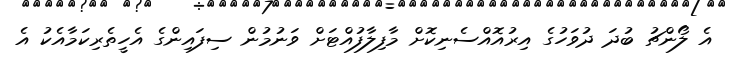
އެ ލޯންޗު ބުދަ ދުވަހުގެ އިރުއޮއްސެނިކޮށް މާފިލާފުއްޓަށް ވަނުމުން ސިފައިންގެ އެހީތެރިކަމާއެކު އެ